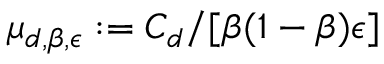
\mu _ { d , \beta , \epsilon } : = C _ { d } / [ \beta ( 1 - \beta ) \epsilon ]